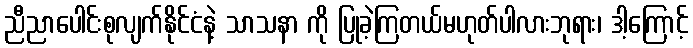
ညီညာပေါင်းစုလျက်နိုင်ငံနဲ့ သာသနာ ကို ပြုခဲ့ကြတယ်မဟုတ်ပါလားဘုရား၊ ဒါ့ကြောင့်